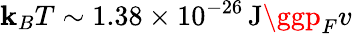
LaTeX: \mathbf{k}_{B}T\sim1.38\times10^{-26}\, \mathrm{{J}}\ggp_{F}v